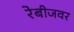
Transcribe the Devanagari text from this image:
रेबीजवर